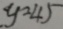
y = 4 5